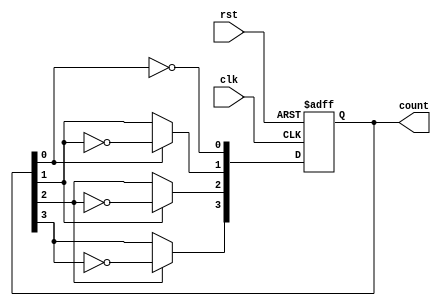
module async_ripple_counter (
    input wire clk,          // Clock signal
    input wire rst,          // Asynchronous reset signal
    output reg [3:0] count   // 4-bit counter output
);
    
    // Always block triggered on clock edges and reset
    always @(posedge clk or posedge rst) begin
        if (rst) begin
            count <= 4'b0000;  // Reset the counter to 0
        end else begin
            count[0] <= ~count[0];             // Toggle LSB
            // Toggle subsequent bits based on previous bits
            count[1] <= count[0] ? ~count[1] : count[1];
            count[2] <= count[1] ? ~count[2] : count[2];
            count[3] <= count[2] ? ~count[3] : count[3];
        end
    end

endmodule